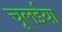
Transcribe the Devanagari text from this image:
चूलईया